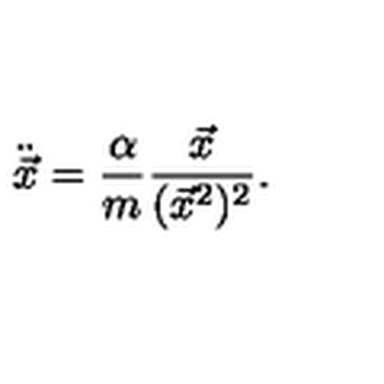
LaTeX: \ddot { \vec { x } } = \frac { \alpha } { m } \frac { \vec { x } } { ( \vec { x } ^ { 2 } ) ^ { 2 } } .